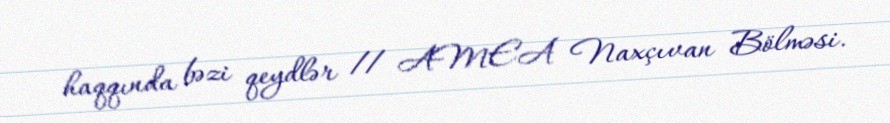
haqqında bəzi qeydlər // AMEA Naxçıvan Bölməsi.